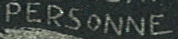
PERAONNE